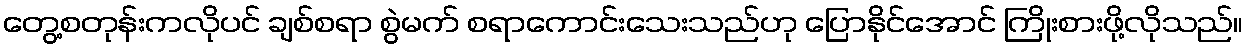
တွေ့စတုန်းကလိုပင် ချစ်စရာ စွဲမက် စရာကောင်းသေးသည်ဟု ပြောနိုင်အောင် ကြိုးစားဖို့လိုသည်။